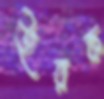
হিরক